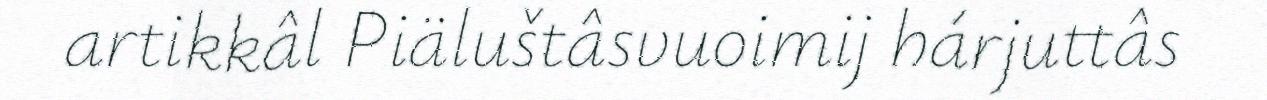
artikkâl Piäluštâsvuoimij hárjuttâs